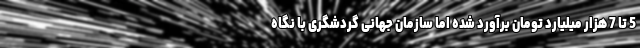
5 تا 7 هزار میلیارد تومان برآورد شده اما سازمان جهانی گردشگری با نگاه